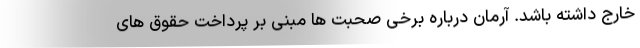
خارج داشته باشد. آرمان درباره برخی صحبت ها مبنی بر پرداخت حقوق های